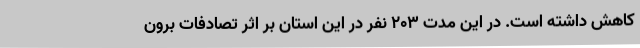
کاهش داشته است. در این مدت 203 نفر در این استان بر اثر تصادفات برون